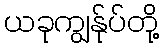
ယခုကျွန်ုပ်တို့